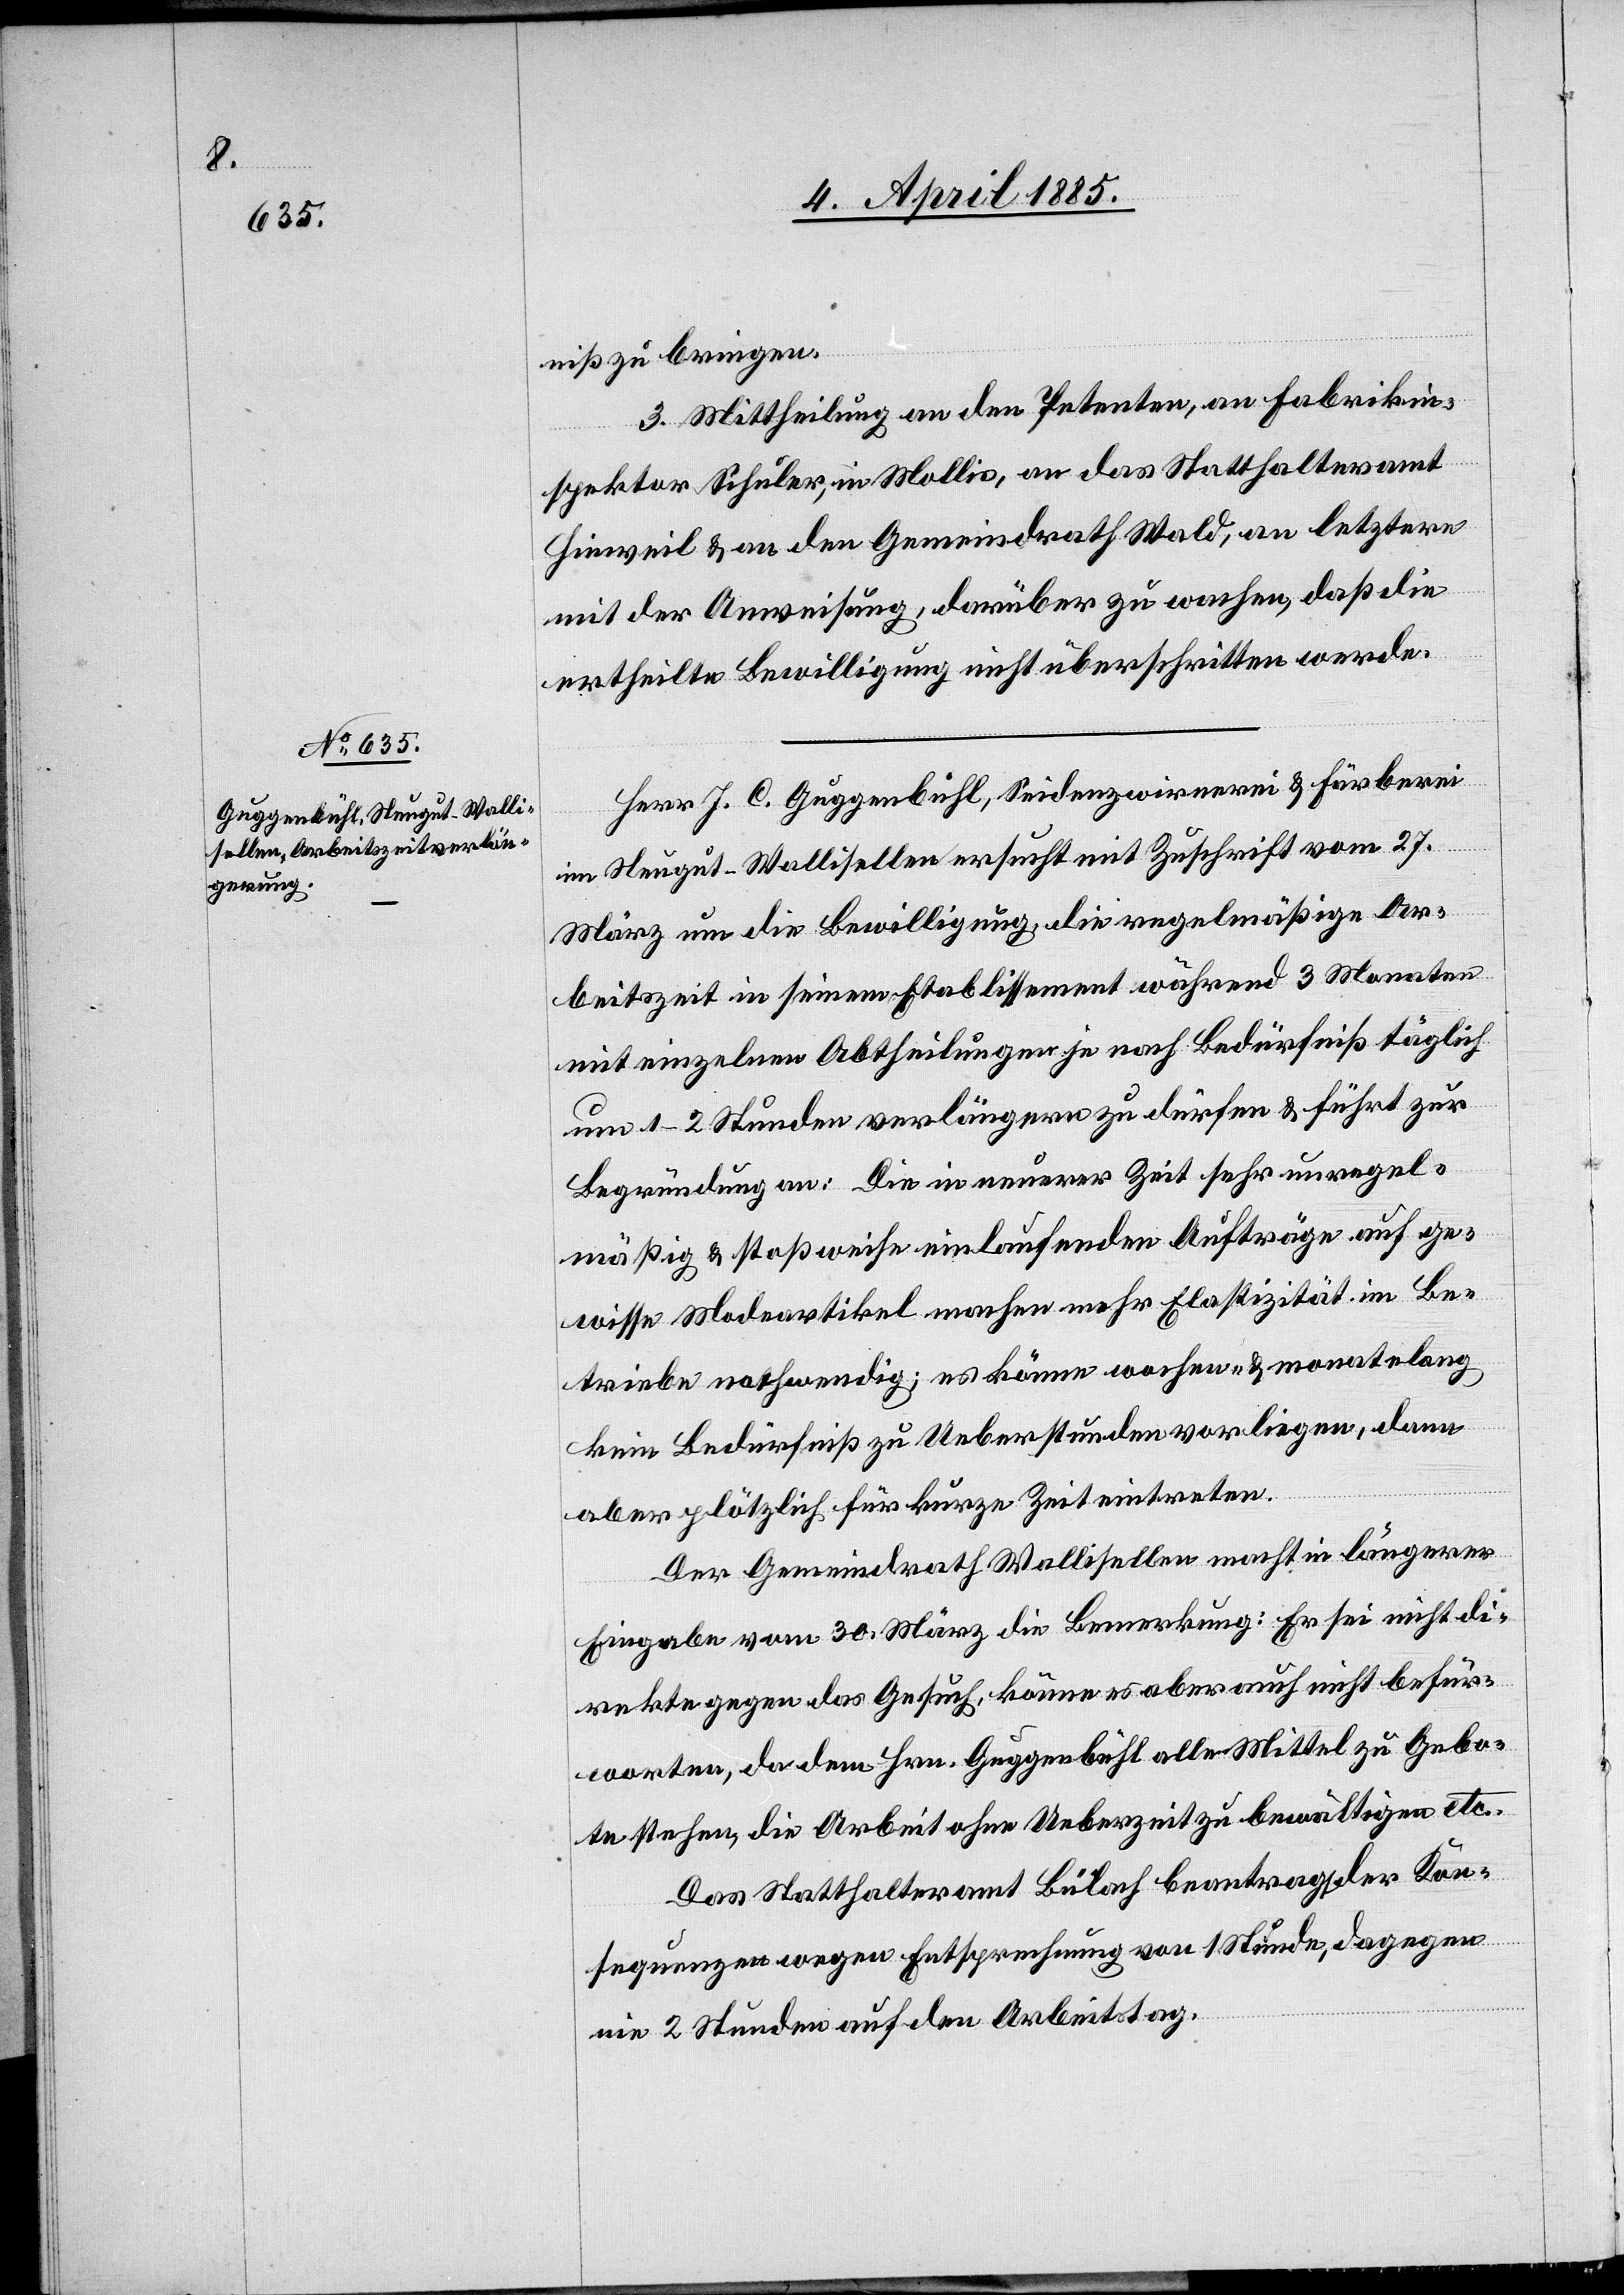
niß zu bringen.
3. Mittheilung an den Petenten, an Fabrikin¬
spektor Schuler, in Mollis, an das Statthalteramt
Hinweil & an den Gemeindrath Wald, an letztern
mit der Anweisung, darüber zu wachen, daß die
ertheilte Bewilligung nicht überschritten werde.
Herr J. C. Guggenbühl, Seidenzwirnerei & Färberei
im Neugut - Wallisellen ersucht mit Zuschrift vom 27.
März um die Bewilligung die regelmäßige Ar¬
beitszeit in seinem Etablissement während 3 Monaten
mit einzelnen Abtheilungen je nach Bedürfniß täglich
um 1–2 Stunden verlängern zu dürfen & führt zur
Begründung an: Die in neuerer Zeit sehr unregel¬
mäßige & stoßweise einlaufenden Aufträge auf ge¬
wisse Modeartikel machen mehr Elastizität im Be¬
triebe nothwendig; es könne wochen- & monatelang
kein Bedürfniß zu Ueberstunden vorliegen, dann
aber plötzlich für kurze Zeit eintreten.
Der Gemeindrath Wallisellen macht in längerer
Eingabe vom 30. März die Bemerkung: Er sei nicht di¬
rekte gegen das Gesuch, könne es aber auch nicht befür¬
worten, da dem Hrn. Guggenbühl alle Mittel zu Gebo¬
te stehen, die Arbeit ohne Ueberzeit zu bewältigen etc.
Das Statthalteramt Bülach beantragt der Kon¬
sequenzen wegen Entsprechung von 1 Stunde, dagegen
nie 2 Stunden auf den Arbeitstag.